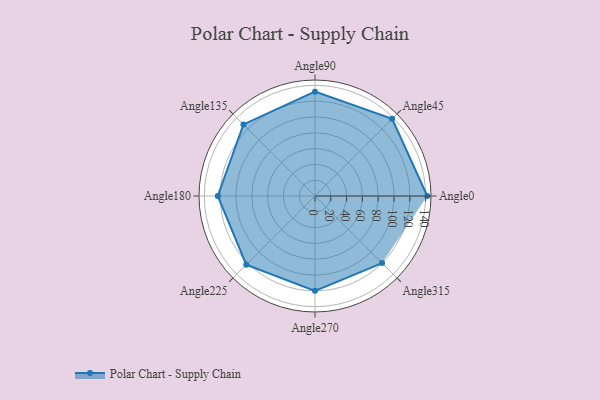
{"axis": {"x": "Angle", "y": "Radius"}, "legend": [""], "data": [{"x": "Angle0", "y": 142.0, "type": ""}, {"x": "Angle45", "y": 138.0, "type": ""}, {"x": "Angle90", "y": 132.0, "type": ""}, {"x": "Angle135", "y": 128.0, "type": ""}, {"x": "Angle180", "y": 123.0, "type": ""}, {"x": "Angle225", "y": 123.0, "type": ""}, {"x": "Angle270", "y": 120.0, "type": ""}, {"x": "Angle315", "y": 120.0, "type": ""}]}